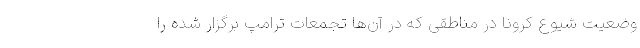
وضعیت شیوع کرونا در مناطقی که در آن‌ها تجمعات ترامپ برگزار شده را